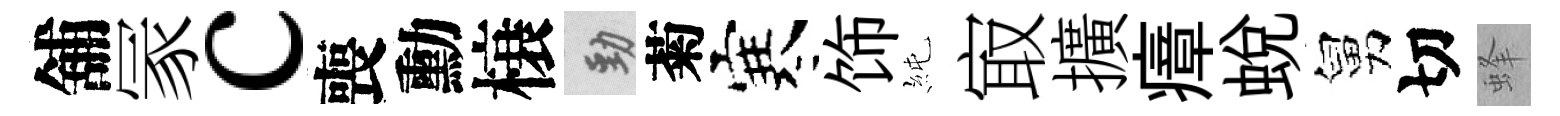
舖冡c喪勳榱勁菊寒饰純㝡擴瘴蛻舅切蜂